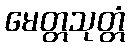
မေတ္တသုတ္တံ